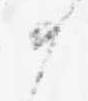
か